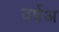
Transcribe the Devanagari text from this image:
वर्षअ